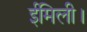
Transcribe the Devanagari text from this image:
ईमिली।